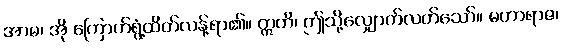
အာမ၊ အို ကြောက်ရွံ့ထိတ်လန့်ရာ၏။ ဣတိ၊ ဤသို့လျှောက်လတ်သော်။ မဟာရာဇ၊